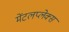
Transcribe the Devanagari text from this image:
मेंटलप्लेक्स